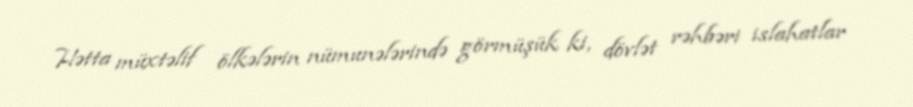
Hətta müxtəlif ölkələrin nümunələrində görmüşük ki, dövlət rəhbəri islahatlar